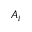
A _ { i }